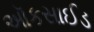
ઑકસાઈડ